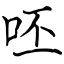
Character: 呸